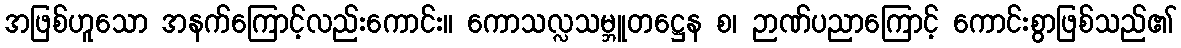
အဖြစ်ဟူသော အနက်ကြောင့်လည်းကောင်း။ ကောသလ္လသမ္ဘူတဋ္ဌေန စ၊ ဉာဏ်ပညာကြောင့် ကောင်းစွာဖြစ်သည်၏